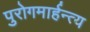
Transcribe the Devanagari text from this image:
पुरोगमार्हन्त्य